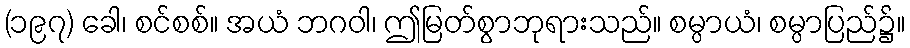
(၁၉၇) ခေါ၊ စင်စစ်။ အယံ ဘဂဝါ၊ ဤမြတ်စွာဘုရားသည်။ စမ္ပာယံ၊ စမ္ပာပြည်၌။